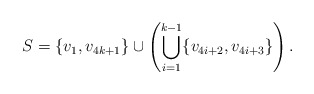
\begin{align*}S = \{v_1,v_{4k+1}\} \cup \left( \bigcup_{i=1}^{k-1} \{v_{4i+2},v_{4i+3}\} \right).\end{align*}